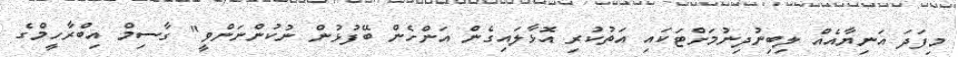
މިފަދަ އަނިޔާއެއް ލިބިނުދިނުމަށްޓަަކައި އަތުކުރި އޮޅާލައިގެން އަންހެން ބޭފުޅުން ނުކުންނަންވީ" ގާސިމް އިބްރާހީމްގެ